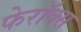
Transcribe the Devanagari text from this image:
फेरॉक्स